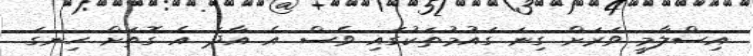
އިސްލާމީ ވަރަށް ގިނަ ގައުމުތަކުގައި ވެސް އެ އާދަ އެ ގޮތަށް ހިނގަ